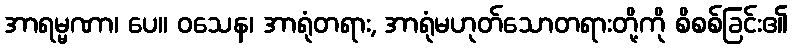
အာရမ္မဏာ၊ ပေ။ ဝသေန၊ အာရုံတရား, အာရုံမဟုတ်သောတရားတို့ကို စိစစ်ခြင်း၏